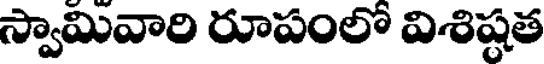
స్వామివారి రూపంలో విశిష్టత